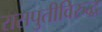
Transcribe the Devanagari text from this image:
रासपुतीविरुद्ध